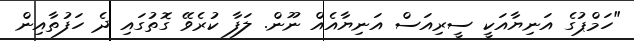
"ހަމްޕުގެ އަނިޔާއަކީ ސީރިއަސް އަނިޔާއެއް ނޫން. ލަފާ ކުރެވޭ ގޮތުގައި ދެ ހަފުތާއިން